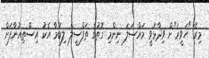
މިރޭ "ހަވީރަ"ށް ވިދާޅުވީ މައްސަލަ ނިންމި ގޮތުގެ ތަފްސީލް ލިބުމާ އެކު އިސްތިއުނާފަށް